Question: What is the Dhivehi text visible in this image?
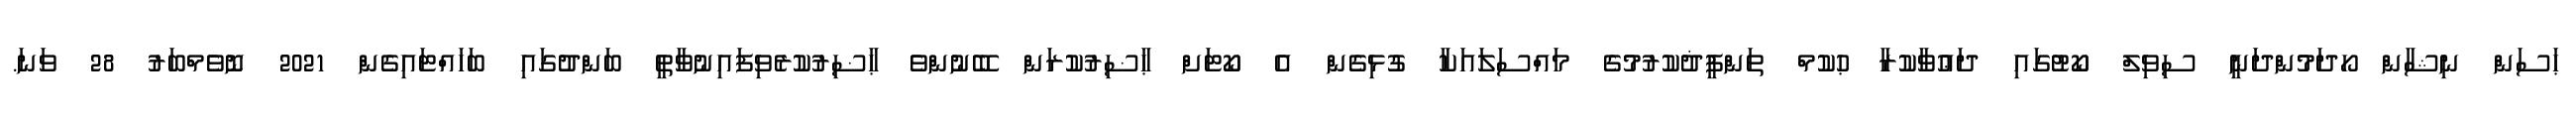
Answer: ޙަސަން ނިޝާން ހޯދަމުންދަނީ ސިވިލް ކޯޓުގައި ދަޢުވާކުރާ ޙުކުމް ތަންފީޛުކުރުމުގެ މައްސަލައަކާ ގުޅިގެން އެ ކޯޓަށް ޙާޟިރުކުރަން ބޭނުންވެ ޙާޟިރުކުރެވިފައިނުވާތީ ބަންދުގައި ބަހައްޓައިގެން 2021 ނޮވެމްބަރު 28 ވަނަ.